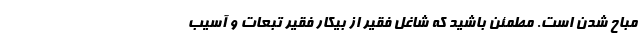
مباح شدن است. مطمئن باشید که شاغل فقیر از بیکار فقیر تبعات و آسیب